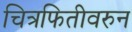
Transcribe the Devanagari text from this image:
चित्रफितीवरुन